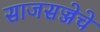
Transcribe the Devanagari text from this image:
साजसज्जेचे